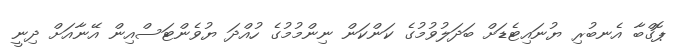
ޕޮގްބާ އެނބުރި ޔުނައިޓެޑަށް ބަދަލުވުމުގެ ކަންކަން ނިންމުމުގެ ހުއްދަ ޔުވެންޓަސްއިން އޭނާއަށް ދިނީ